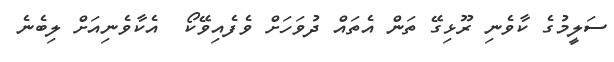
ސަލީމުގެ ކާވެނި ރޫޅިގޭ ތަން އެތައް ދުވަހަށް ވެފެއިވޭކޯ  އެކާވެނިއަށް ލިބެނެ